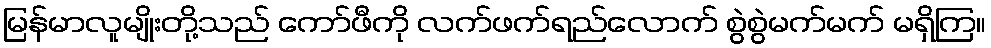
မြန်မာလူမျိုးတို့သည် ကော်ဖီကို လက်ဖက်ရည်လောက် စွဲစွဲမက်မက် မရှိကြ။